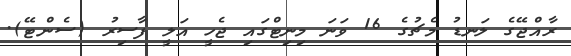
ރާއްޖޭގެ ލަނޑު މެޗުގެ 16 ވަނަ މިނިޓްގައި ޖެހީ އަލީ ފާސިރު (ސެންޓޭ).